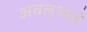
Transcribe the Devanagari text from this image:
अवलुप्यते